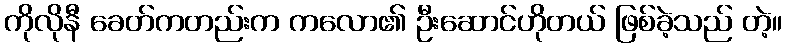
ကိုလိုနီ ခေတ်ကတည်းက ကလော၏ ဦးဆောင်ဟိုတယ် ဖြစ်ခဲ့သည် တဲ့။